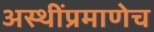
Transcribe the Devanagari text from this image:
अस्थींप्रमाणेच